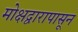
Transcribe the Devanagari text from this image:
मोक्षद्वारापासून